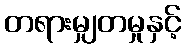
တရားမျှတမှုနှင့်